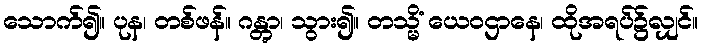
သောက်၍။ ပုန၊ တစ်ဖန်။ ဂန္တွာ၊ သွား၍။ တသ္မိံ ယေဝဌာနေ၊ ထိုအရပ်၌လျှင်။